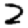
Digit: 2